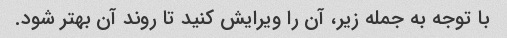
با توجه به جمله زیر، آن را ویرایش کنید تا روند آن بهتر شود.